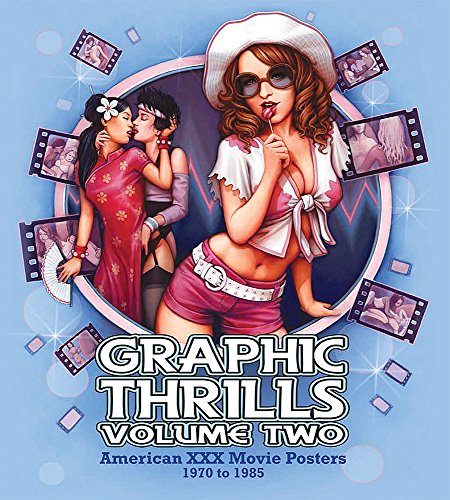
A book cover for Graphic Thrills Volume Two: American XXX Movie Posters 1970 to 1985; Robin Bougie; Arts & Photography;